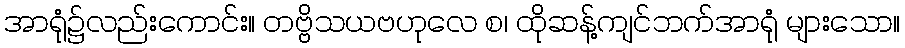
အာရုံ၌လည်းကောင်း။ တဗ္ဗိသယဗဟုလေ စ၊ ထိုဆန့်ကျင်ဘက်အာရုံ များသော။